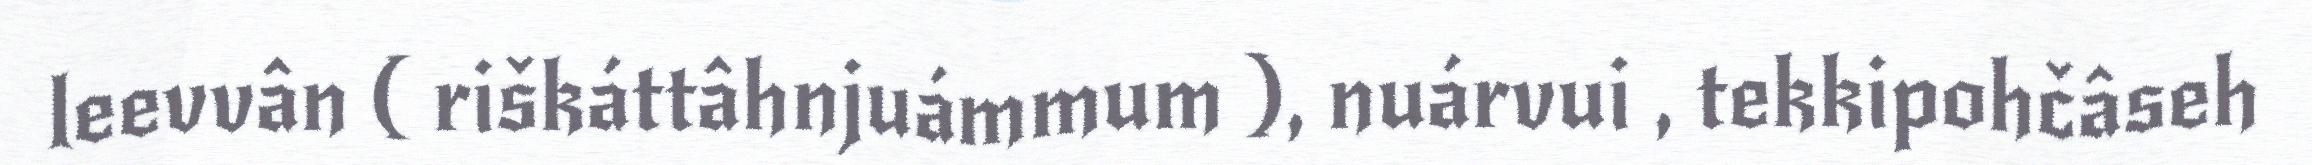
leevvân ( riškáttâhnjuámmum ), nuárvui , tekkipohčâseh